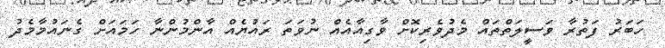
ހަބަރު ފަތުރާ ވަސީލަތްތައް މެދުވެރިކޮށް ވާގިއާއެއް ނުވަތަ ރައުޔެއް އާންމުންނާ ހަމައަށް ގެނައުމާމެދު